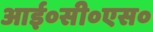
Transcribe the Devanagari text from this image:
आई०सी०एस०